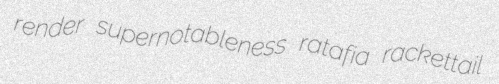
render supernotableness ratafia rackettail